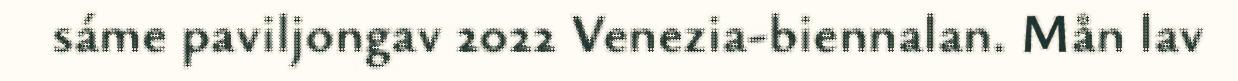
sáme paviljongav 2022 Venezia-biennalan. Mån lav